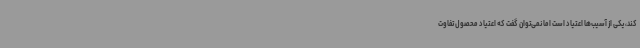
کند، یکی از آسیب‌ها اعتیاد است اما نمی‌توان گفت که اعتیاد محصول تفاوت